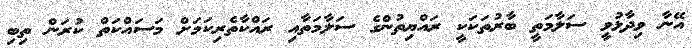
އޭނާ ވިދާޅުވީ ސަލާމަތީ ބާރުތަކަކީ ރައްޔިތުންގެ ސަލާމަތާއި ރައްކާތެރިކަމަށް މަސައްކަތް ކުރަން ތިބި